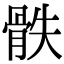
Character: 𩨰